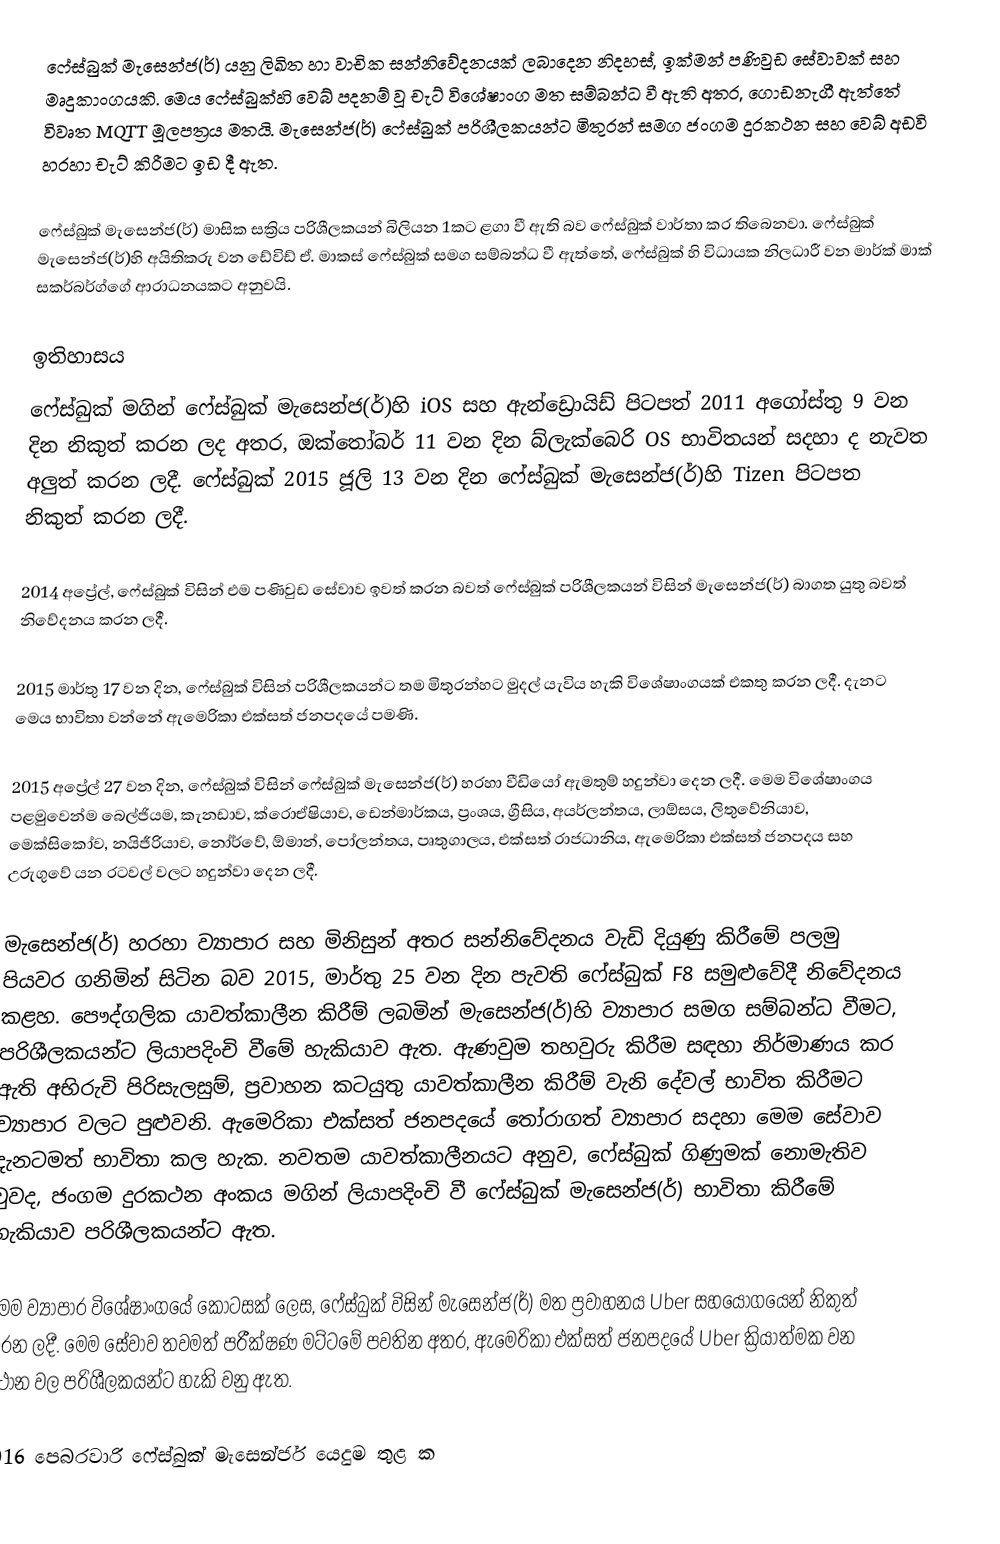
ෆේස්බුක් මැසෙන්ජ(ර්) යනු ලිඛිත හා වාචික සන්නිවේදනයක් ලබාදෙන නිදහස්, ඉක්මන් පණිවුඩ සේවාවක් සහ මෘදුකාංගයකි. මෙය ෆේස්බුක්හි වෙබ් පදනම් වූ චැට් විශේෂාංග මත සම්බන්ධ වී ඇති අතර, ගොඩනැගී ඇත්තේ විවෘත MQTT මූලපත්‍රය මතයි. මැසෙන්ජ(ර්) ෆේස්බුක් පරිශීලකයන්ට මිතුරන් සමග ජංගම දුරකථන සහ වෙබ් අඩවි හරහා චැට් කිරීමට ඉඩ දී ඇත.

ෆේස්බුක් මැසෙන්ජ(ර්) මාසික සක්‍රිය පරිශීලකයන් බිලියන 1කට ළගා වී ඇති බව ෆේස්බුක්  වාර්තා කර තිබෙනවා. ෆේස්බුක් මැසෙන්ජ(ර්)හි අයිතිකරු වන ඩේවිඩ් ඒ. මාකස්  ෆේස්බුක් සමග සම්බන්ධ වී ඇත්තේ, ෆේස්බුක් හි විධායක නිලධාරී වන මාර්ක්  මාක් සකර්බර්ග්ගේ ආරාධනයකට අනුවයි.

ඉතිහාසය
ෆේස්බුක් මගින් ෆේස්බුක් මැසෙන්ජ(ර්)හි iOS සහ ඇන්ඩ්‍රොයිඩ් පිටපත් 2011 අගෝස්තු 9 වන දින නිකුත් කරන ලද අතර, ඔක්තෝබර් 11 වන දින බ්ලැක්බෙරි OS භාවිතයන් සදහා ද නැවත අලුත් කරන ලදී. ෆේස්බුක් 2015 ජූලි 13 වන දින ෆේස්බුක් මැසෙන්ජ(ර්)හි Tizen පිටපත නිකුත් කරන ලදී.

2014 අප්‍රේල්, ෆේස්බුක් විසින් එම පණිවුඩ සේවාව ඉවත් කරන බවත් ෆේස්බුක් පරිශීලකයන්  විසින් මැසෙන්ජ(ර්) බාගත යුතු බවත් නිවේදනය කරන ලදී.

2015 මාර්තු 17 වන දින, ෆේස්බුක් විසින් පරිශීලකයන්ට තම මිතුරන්හට මුදල් යැවිය හැකි විශේෂාංගයක් එකතු කරන ලදී. දැනට මෙය භාවිතා වන්නේ ඇමෙරිකා එක්සත් ජනපදයේ පමණි.

2015 අප්‍රේල් 27 වන දින, ෆේස්බුක් විසින් ෆේස්බුක් මැසෙන්ජ(ර්) හරහා වීඩියෝ ඇමතුම් හදුන්වා දෙන ලදී. මෙම විශේෂාංගය පළමුවෙන්ම බෙල්ජියම, කැනඩාව, ක්රොඒෂියාව, ඩෙන්මාර්කය, ප්‍රංශය, ග්‍රීසිය, අයර්ලන්තය, ලාඕසය,  ලිතුවේනියාව, මෙක්සිකෝව, නයිජීරියාව, නෝර්වේ, ඕමාන්, පෝලන්තය, පෘතුගාලය, එක්සත් රාජධානිය,  ඇමෙරිකා එක්සත් ජනපදය සහ උරුගුවේ යන රටවල් වලට හදුන්වා දෙන ලදී.

මැසෙන්ජ(ර්) හරහා ව්‍යාපාර සහ මිනිසුන් අතර සන්නිවේදනය වැඩි දියුණු කිරීමේ පලමු පියවර ගනිමින් සිටින බව 2015, මාර්තු 25 වන දින පැවති ෆේස්බුක් F8  සමුළුවේදී නිවේදනය කළහ.  පෞද්ගලික යාවත්කාලීන කිරීම් ලබමින් මැසෙන්ජ(ර්)හි ව්‍යාපාර සමග සම්බන්ධ වීමට, පරිශීලකයන්ට ලියාපදිංචි වීමේ හැකියාව ඇත. ඇණවුම තහවුරු කිරීම සඳහා නිර්මාණය කර ඇති අභිරුචි පිරිසැලසුම්, ප්‍රවාහන කටයුතු යාවත්කාලීන කිරීම් වැනි දේවල් භාවිත කිරීමට ව්‍යාපාර වලට පුළුවනි. ඇමෙරිකා එක්සත් ජනපදයේ තෝරාගත් ව්‍යාපාර සදහා මෙම සේවාව දැනටමත් භාවිතා කල හැක. නවතම යාවත්කාලීනයට අනුව, ෆේස්බුක් ගිණුමක් නොමැතිව වුවද, ජංගම දුරකථන අංකය මගින් ලියාපදිංචි වී ෆේස්බුක් මැසෙන්ජ(ර්) භාවිතා කිරීමේ හැකියාව පරිශීලකයන්ට ඇත.

මෙම ව්‍යාපාර විශේෂාංගයේ කොටසක් ලෙස, ෆේස්බුක්  විසින් මැසෙන්ජ(ර්) මත ප්‍රවාහනය Uber සහයෝගයෙන් නිකුත් කරන ලදී. මෙම සේවාව තවමත් පරීක්ෂණ මට්ටමේ පවතින අතර, ඇමෙරිකා එක්සත් ජනපදයේ Uber ක්‍රියාත්මක වන ස්ථාන වල පරිශීලකයන්ට හැකි වනු ඇත.

2016 පෙබරවාරි ෆේස්බුක් මැසෙන්ජර් යෙදුම තුළ ක